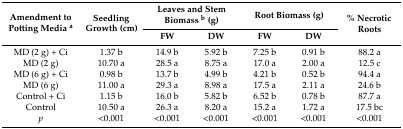
<table><thead><tr><td rowspan="2"><b>Amendment to Potting Media <sup>a</sup></b></td><td rowspan="2"><b>Seedling Growth (cm)</b></td><td colspan="2"><b>Leaves and Stem Biomass <sup>b</sup> (g)</b></td><td colspan="2"><b>Root Biomass (g)</b></td><td rowspan="2"><b>% Necrotic Roots</b></td></tr><tr><td><b>FW</b></td><td><b>DW</b></td><td><b>FW</b></td><td><b>DW</b></td></tr></thead><tbody><tr><td>MD (2 g) + Ci</td><td>1.37 b</td><td>14.9 b</td><td>5.92 b</td><td>7.25 b</td><td>0.91 b</td><td>88.2 a</td></tr><tr><td>MD (2 g) </td><td>10.70 a</td><td>28.5 a</td><td>8.75 a</td><td>17.0 a</td><td>2.00 a</td><td>12.5 c</td></tr><tr><td>MD(6 g) + Ci</td><td>0.98 b</td><td>13.7 b</td><td>4.99 b</td><td>4.21 b</td><td>0.52 b</td><td>94.4 a</td></tr><tr><td>MD (6 g)</td><td>11.00 a</td><td>29.3 a</td><td>8.98 a</td><td>17.5 a</td><td>2.11 a</td><td>24.6 b</td></tr><tr><td>Control + Ci</td><td>1.15 b</td><td>16.0 b</td><td>5.82 b</td><td>6.52 b</td><td>0.78 b</td><td>87.7 a</td></tr><tr><td>Control</td><td>10.50 a</td><td>26.3 a</td><td>8.20 a</td><td>15.2 a</td><td>1.72 a</td><td>17.5 bc</td></tr><tr><td><i>p</i></td><td>&lt;0.001</td><td>&lt;0.001</td><td>&lt;0.001</td><td>&lt;0.001</td><td>&lt;0.001</td><td>&lt;0.001</td></tr></tbody></table>